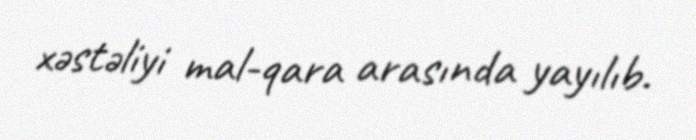
xəstəliyi mal-qara arasında yayılıb.